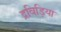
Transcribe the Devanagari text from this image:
द्रविड़िया